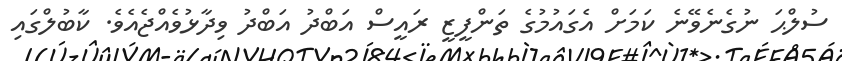
ސުލްޙަ ނުގެނެވޭނެ ކަމަށް އެގައުމުގެ ތަންފީޒީ ރައީސް އަބްދު އަބްދު ވިދާޅުވެއްޖެއެވެ. ކާބުލްގައި